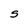
Character: S